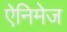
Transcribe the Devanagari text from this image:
ऐनिमेज